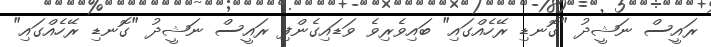
ރައީސް ނަޝީދު "ގޮނޑި ރޭހެއްގައި" ބައިވެރިވެ ވަޑައިގެންފި ރައީސް ނަޝީދު "ގޮނޑި ރޭހެއްގައި"